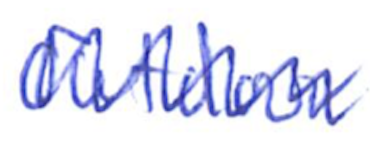
Text: Outdoor
Cross-out: mix
Writing tool: ballpoint